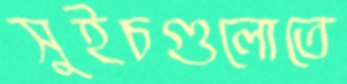
সুইচগুলোতে